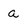
Character: a